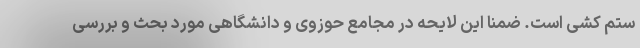
ستم کشی است. ضمنا این لایحه در مجامع حوزوی و دانشگاهی مورد بحث و بررسی